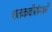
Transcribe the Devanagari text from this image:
शतकवीरांमध्ये